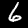
Label: 6